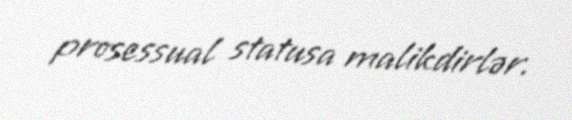
prosessual statusa malikdirlər.